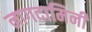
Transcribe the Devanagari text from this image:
नागदामिनी